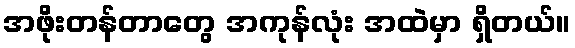
အဖိုးတန်တာတွေ အကုန်လုံး အထဲမှာ ရှိတယ်။